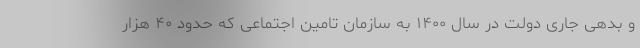
و بدهی جاری دولت در سال ۱۴۰۰ به سازمان تامین اجتماعی که حدود ۴۰ هزار